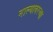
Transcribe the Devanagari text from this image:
नाल्यावरच्या